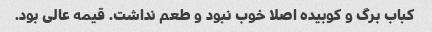
کباب برگ و کوبیده اصلا خوب نبود و طعم نداشت. قیمه عالی بود.